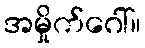
အမှိုက်ဂေါ်။